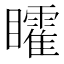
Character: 矐